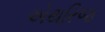
એથરિજ